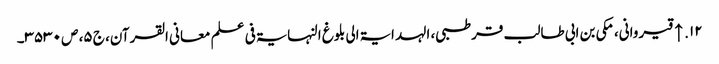
۱۲. ↑ قیروانی، مکی بن ابی طالب قرطبی، الہدایۃ الی بلوغ النہایۃ فی علم معانی القرآن، ج ۵، ص ۳۵۳۰۔